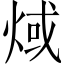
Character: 𤊨